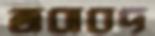
জবাবদ